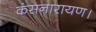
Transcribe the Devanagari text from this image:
कंसनारायण।